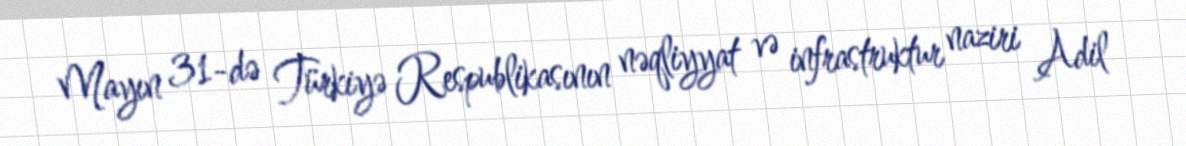
Mayın 31-də Türkiyə Respublikasının nəqliyyat və infrastruktur naziri Adil